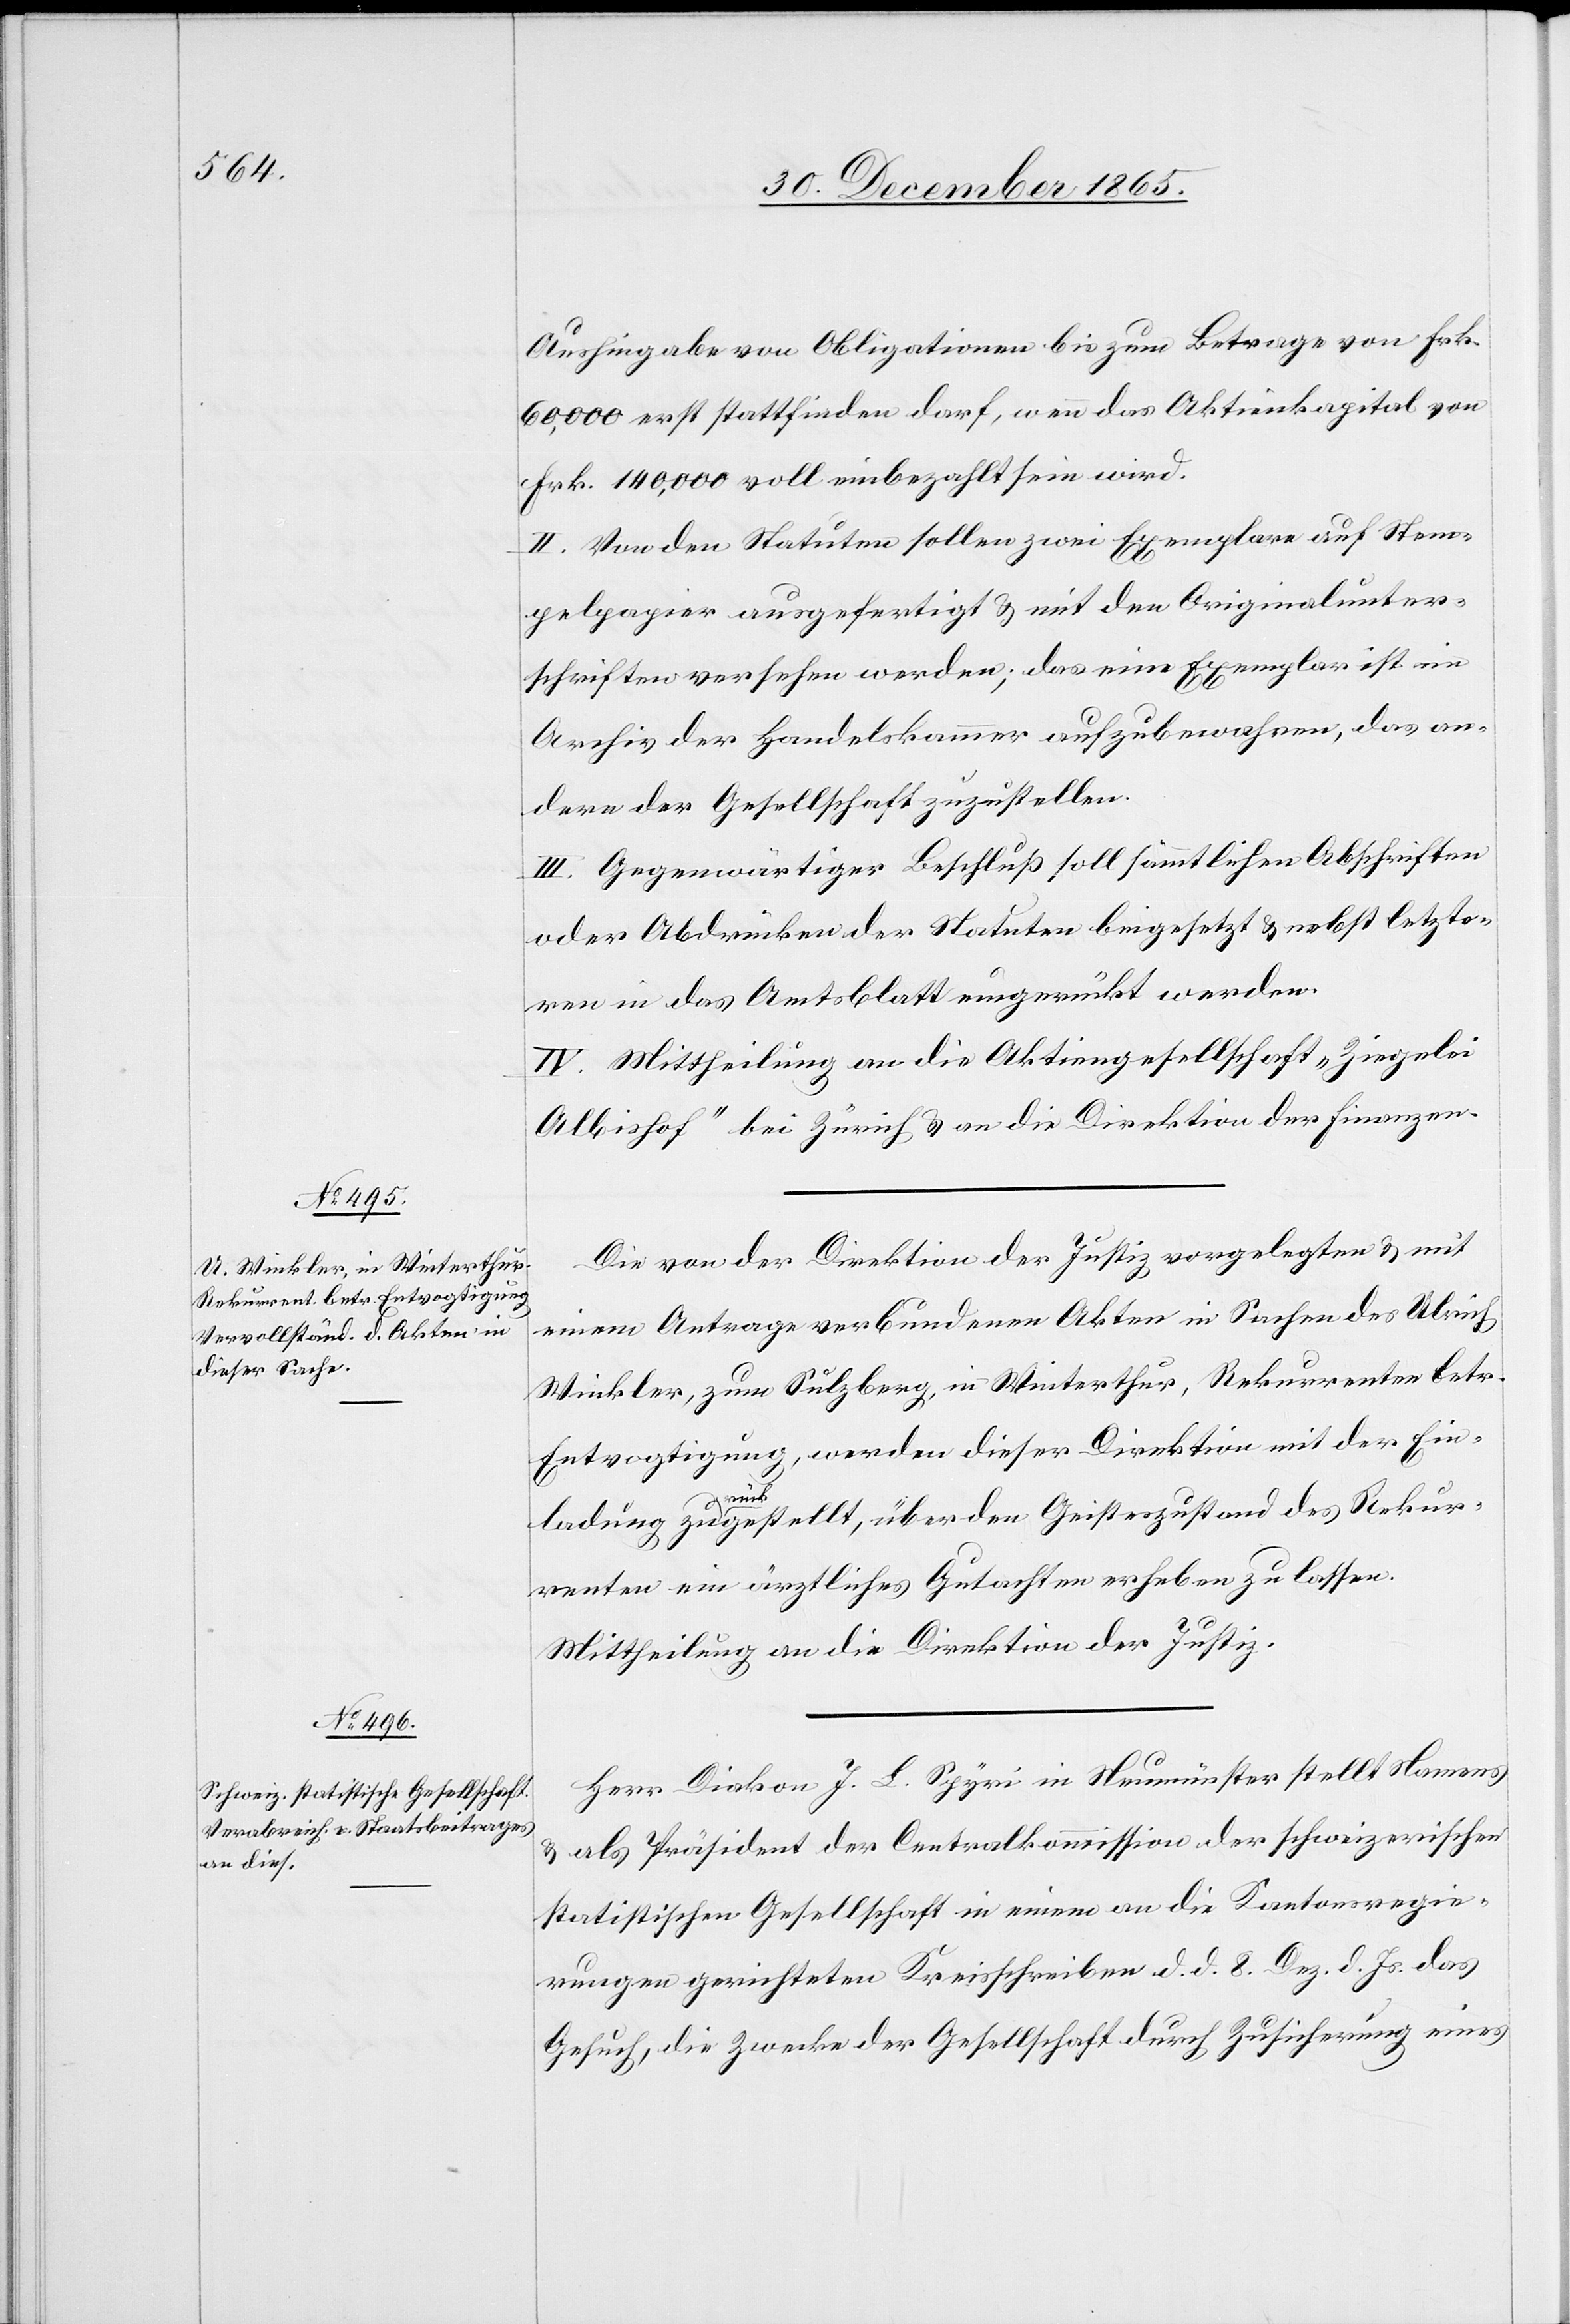
Aushingabe von Obligationen bis zum Betrage von Frk.
60,000 erst stattfinden darf, wenn das Aktienkapital von
Frk. 140,000 voll einbezahlt sein wird.
II. Von den Statuten sollen zwei Exemplare auf Stem¬
pelpapier ausgefertigt & mit den Originalunter¬
schriften versehen werden; das eine Exemplar ist im
Archiv der Handelskammer aufzubewahren, das an¬
dere der Gesellschaft zuzustellen.
III. Gegenwärtiger Beschluß soll sämmtlichen Abschriften
oder Abdrücken der Statuten beigesetzt & nebst letzte¬
ren in das Amtsblatt eingerückt werden.
IV. Mittheilung an die Aktiengesellschaft „Ziegelei
Albishof“ bei Zürich & an die Direktion der Finanzen.
Die von der Direktion der Justiz vorgelegten & mit
einem Antrage verbundenen Akten in Sachen des Ulrich
Winkler, zum Sulzberg, in Winterthur, Rekurrenten betr.
Entvogtigung, werden dieser Direktion mit der Ein¬
ladung zua-rück-agestellt, über den Geisteszustand des Rekur¬
renten ein ärztliches Gutachten erheben zu lassen.
Mittheilung an die Direktion der Justiz.
Herr Diakon J. L. Spörri in Neumünster stellt Namens
& als Präsident der Centralkommission der schweizerischen
statistischen Gesellschaft in einem an die Kantonsregie¬
rungen gerichteten Kreisschreiben d. d. 8. Dez. d. Js. das
Gesuch, die Zwecke der Gesellschaft durch Zusicherung eines